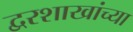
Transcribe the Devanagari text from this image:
द्वरशाखांच्या